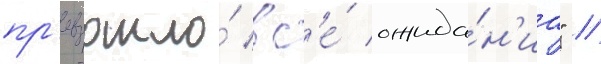
пр'евзошло́ вс'е́ ожида́н'иа" //